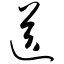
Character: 送